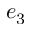
e _ { 3 }